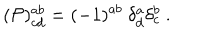
( { \cal P } ) _ { c d } ^ { a b } = ( - 1 ) ^ { a b } \ \delta _ { d } ^ { a } \delta _ { c } ^ { b } \ .